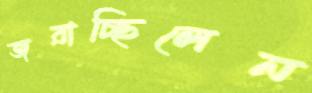
জরাচ্ছিলেন